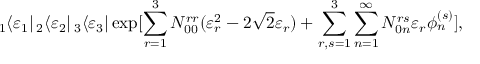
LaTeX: _ 1 \langle \varepsilon _ { 1 } | \, _ { 2 } \langle \varepsilon _ { 2 } | \, _ { 3 } \langle \varepsilon _ { 3 } | \exp [ \sum _ { r = 1 } ^ { 3 } N _ { 0 0 } ^ { r r } ( \varepsilon _ { r } ^ { 2 } - 2 \sqrt { 2 } \varepsilon _ { r } ) + \sum _ { r , s = 1 } ^ { 3 } \sum _ { n = 1 } ^ { \infty } N _ { 0 n } ^ { r s } \varepsilon _ { r } \phi _ { n } ^ { ( s ) } ] ,